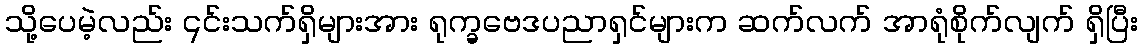
သို့ပေမဲ့လည်း ၎င်းသက်ရှိများအား ရုက္ခဗေဒပညာရှင်များက ဆက်လက် အာရုံစိုက်လျက် ရှိပြီး